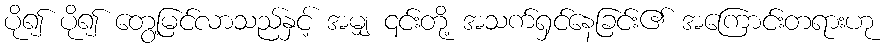
ပို၍ ပို၍ တွေ့မြင်လာသည်နှင့် အမျှ ၎င်းတို့ အသက်ရှင်နေခြင်း၏ အကြောင်းတရားဟု